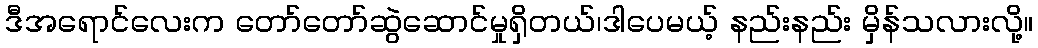
ဒီအရောင်လေးက တော်တော်ဆွဲဆောင်မှုရှိတယ်၊ဒါပေမယ့် နည်းနည်း မှိန်သလားလို့။